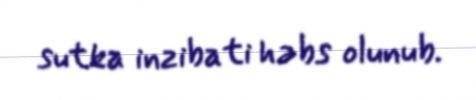
sutka inzibati həbs olunub.